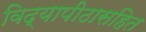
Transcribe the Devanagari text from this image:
विद्यापीठासहित